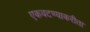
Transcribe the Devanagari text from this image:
एकवटण्याकरीता